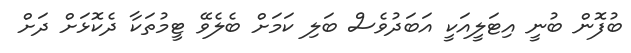
ބުފޮން ބުނީ އިޓަލީއަކީ އަބަދުވެސް ބަލި ކަމަށް ބެލެވޭ ޓީމުތަކާ ދެކޮޅަށް ދަށް